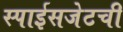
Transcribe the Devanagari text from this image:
स्पाईसजेटची